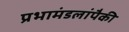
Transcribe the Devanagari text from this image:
प्रभामंडलांपैकी